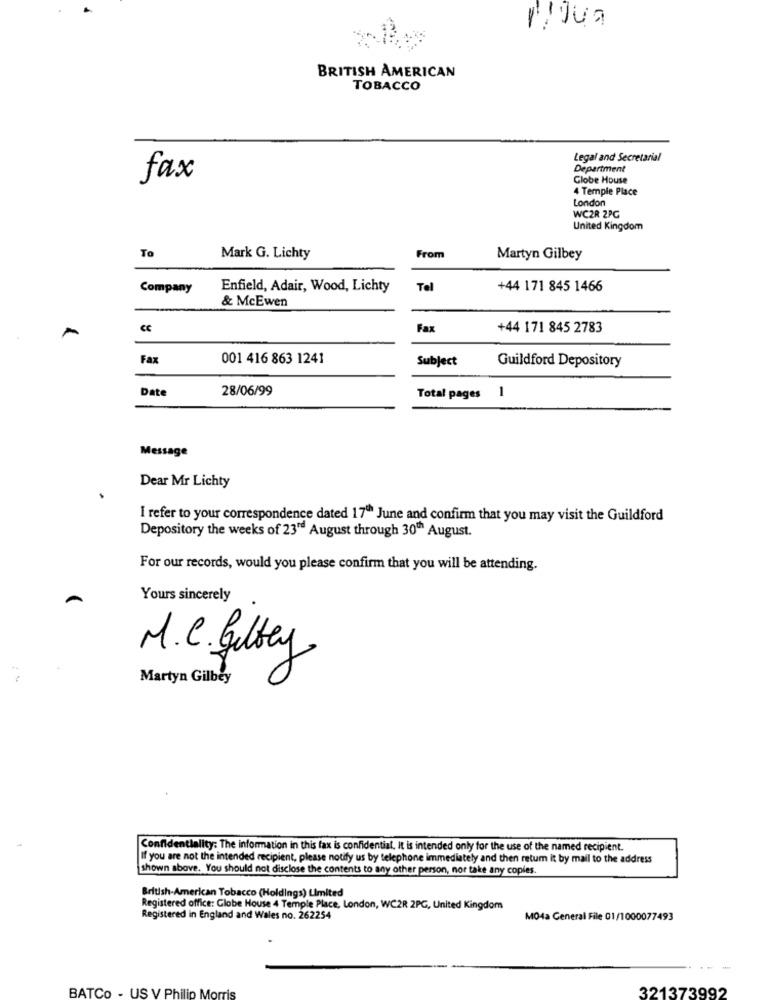
BRITISH AMERICAN
TOBACCO
Legal and Secretarial
Department
fax
Globe House
4 Temple Place
London
WC2R 2PG
United Kingdom
To
Mark G. Lichty
From
Martyn Gilbey
Company
Enfield, Adair, Wood, Lichty
Tel
+44 171 845 1466
& McEwen
Fax
+44 171 845 2783
Fax
001 416 863 1241
Subject
Guildford Depository
Date
28/06/99
Total pages 1
Message
Dear Mr Lichty
I refer to your correspondence dated 17" June and confirm that you may visit the Guildford
Depository the weeks of 23" August through 30" August.
For our records, would you please confirm that you will be attending.
Yours sincerely
M.C. Gelbey
Martyn Gilbey
Confidentiality: The information in this fax is confidential, It is intended only for the use of the named recipient.
If you are not the intended recipient, please notify us by telephone immediately and then retum it by mail to the address
shown above. You should not disclose the contents to any other person, nor take any copies.
British-American Tobacco (Holdings) Limited
Registered office: Globe House 4 Temple Place, London, WC2R 2PG, United Kingdom
Registered in England and Wales no. 262254
MO4a General File 01/1000077493
BATCo - US V Philip Mo
321373992